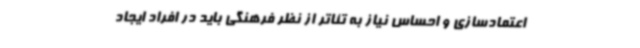
اعتمادسازی و احساس نیاز به تئاتر از نظر فرهنگی باید در افراد ایجاد